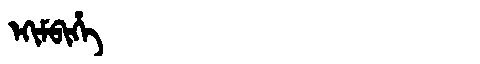
Manchu: ᡝᡴᡳᠮᠪᡳᡥᡝ
Romanization: EKIMBIHE